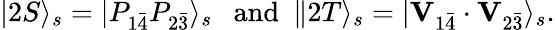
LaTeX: |2S\rangle_{s}=|P_{1\bar{4}}P_{2\bar{3}}\rangle_{s}\ \ \ \mathrm{and}\ \ \| 2T\rangle_{s}=|{\mathbf V}_{1\bar{4}}\cdot{\mathbf V}_{2\bar{3}}\rangle_{s}.